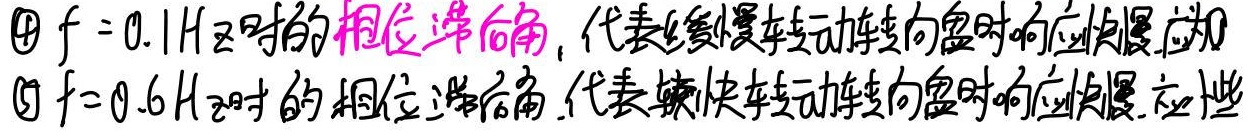
\textcircled{4} \(f = 0.1Hz\)时的相位滞后角，代表缓慢转动方向盘时的响应快慢，应为
\textcircled{5} \(f = 0.6Hz\)时的相位滞后角，代表较快转动方向盘时的响应快慢，应些